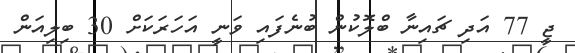
ޖީ 77 އަދި ޗައިނާ ބްލޮކުން ބުނެފައި ވަނީ އަހަރަކަށް 30 ބިލިއަން